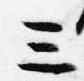
三